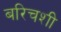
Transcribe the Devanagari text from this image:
बरिचशी